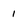
Character: 1